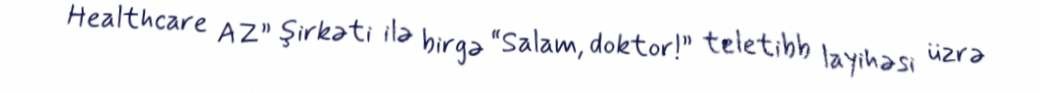
Healthcare AZ” şirkəti ilə birgə “Salam, doktor!” teletibb layihəsi üzrə